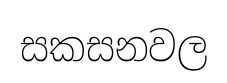
සකසනවල